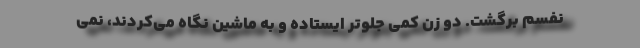
نفسم برگشت. دو زن کمی جلوتر ایستاده و به ماشین نگاه می‌کردند، نمی